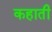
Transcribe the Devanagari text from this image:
कहाती